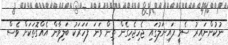
ނުކުންނައިރު ސެމީ ފައިނަލުގައި ޖެހިޖެހިގެން ތިން ވަނަ ފަހަރަކު ބަލިވާން އެއްގޮތަކަށް ވެސް